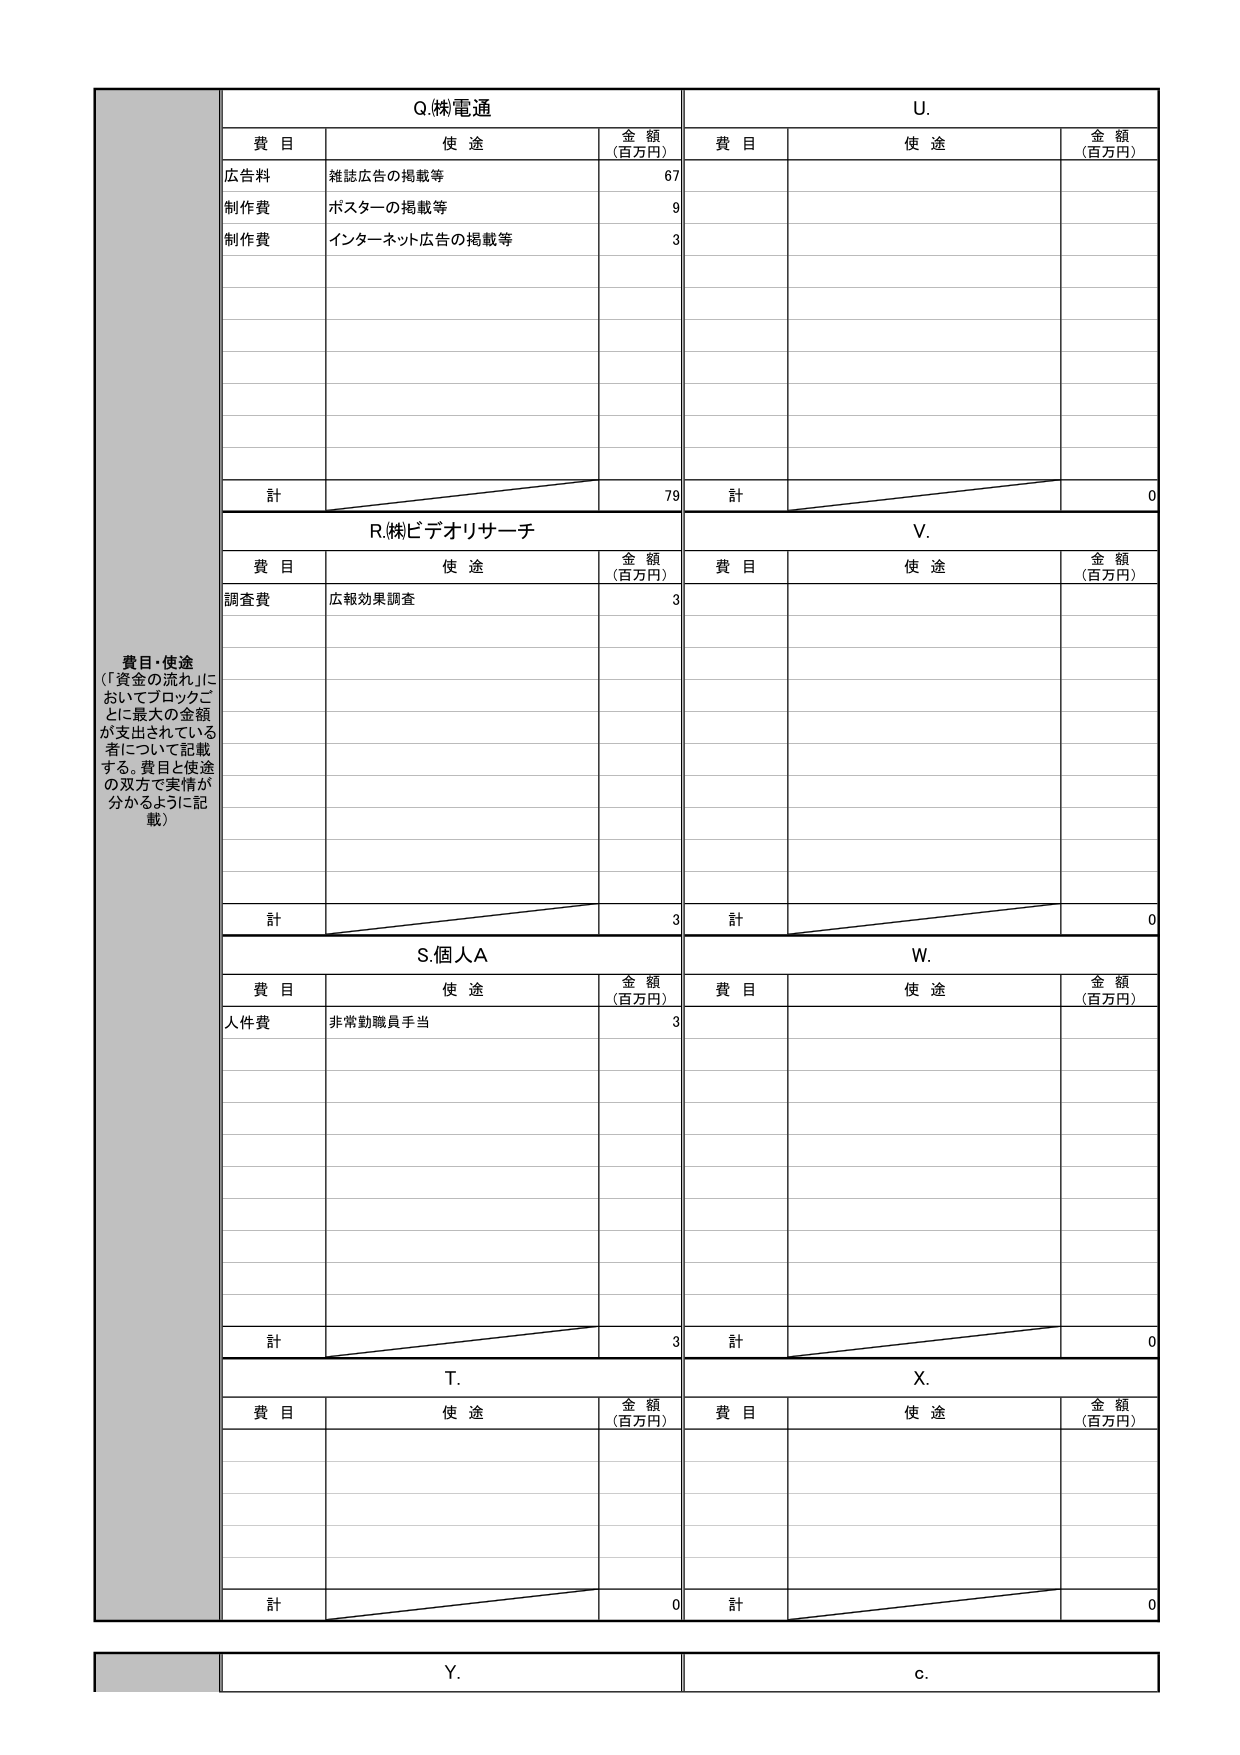
費目・使途
（「資金の流れ」に
おいてブロックご
とに最大の金額
が支出されている
者について記載
する。費目と使途
の双方で実情が
分かるように記
載）

Q.株電通
費目 使途 金額
（百万円）
広告料 雑誌広告の掲載等 67
制作費 ポスターの掲載等 9
制作費 インターネット広告の掲載等 3
計 79

R.㈱ビデオリサーチ
費目 使途 金額
（百万円）
調査費 広報効果調査 3
計 3

S.個人A
費目 使途 金額
（百万円）
人件費 非常勤職員手当 3
計 3

T.
費目 使途 金額
（百万円）
計 0

U.
費目 使途 金額
（百万円）
計 0

V.
費目 使途 金額
（百万円）
計 0

W.
費目 使途 金額
（百万円）
計 0

X.
費目 使途 金額
（百万円）
計 0

Y.
C.